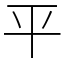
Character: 平